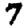
Digit: 7